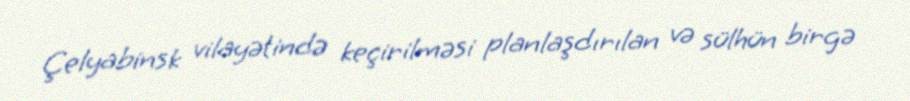
Çelyabinsk vilayətində keçirilməsi planlaşdırılan və sülhün birgə